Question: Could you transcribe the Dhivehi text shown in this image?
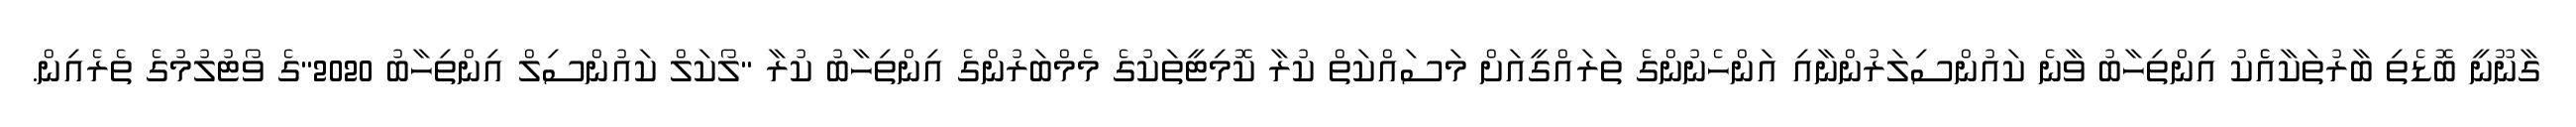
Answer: ގާނޫނީ ބޮޑެތި ބާރުތަކާއެެކު އިންތިހާބު ވާނެ ކައުންސިލަރުންނާއި އަންހެނުންގެ ތަރައްގީއަށް މަސައްކަތް ކުރާ ކޮމިޓީތަކުގެ މެމްބަރުންގެ އިންތިހާބު ކުރާ "ލޯކަލް ކައުންސިލް އިންތިހާބު 2020"ގެ ވޯޓުލުމުގެ ތެރެއިން.